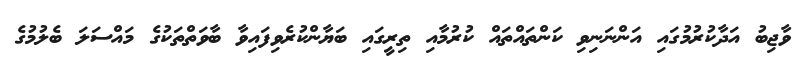
ވާޖިބު އަދާކުރުމުގައި އަންނަނިވި ކަންތައްތައް ކުރުމާއި ތިރީގައި ބަޔާންކުރެވިފައިވާ ބާވަތްތަކުގެ މައްސަލަ ބެލުމުގެ